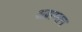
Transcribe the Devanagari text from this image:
अब्राम्सन